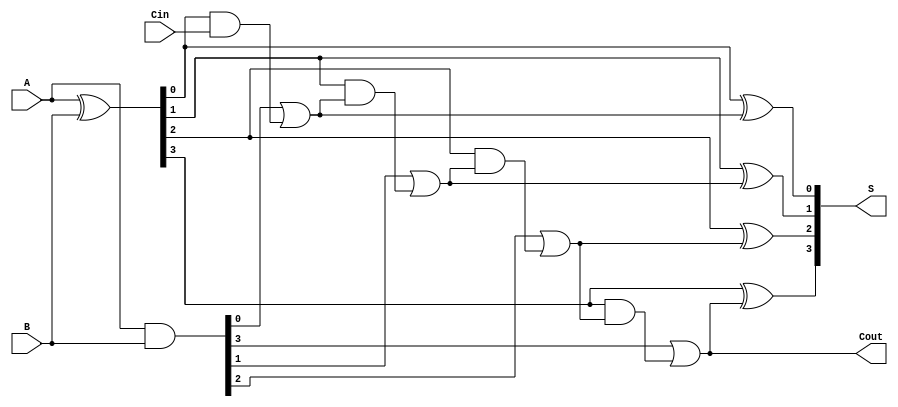
module LingAdder #(parameter n = 4) (
    input [n-1:0] A,      // n-bit input A
    input [n-1:0] B,      // n-bit input B
    input Cin,            // Carry-in
    output [n-1:0] S,     // n-bit sum output
    output Cout           // Carry-out
);

    // Generate (G) and Propagate (P) signals
    wire [n-1:0] G; // Generate signals
    wire [n-1:0] P; // Propagate signals
    wire [n:0] C;   // Carry signals, C[n] is the carry-out

    // Generate and Propagate calculation
    assign G = A & B;       // G[i] = A[i] AND B[i]
    assign P = A ^ B;       // P[i] = A[i] XOR B[i]

    // Carry signals calculation
    assign C[0] = G[0] | (P[0] & Cin);         // Cout[0]
    
    genvar i;
    generate
        for (i = 1; i < n; i = i + 1) begin : carry_calc
            assign C[i] = G[i] | (P[i] & C[i-1]); // Cout[i]
        end
    endgenerate

    assign Cout = C[n-1]; // Final carry-out

    // Sum calculation
    generate
        for (i = 0; i < n; i = i + 1) begin : sum_calc
            assign S[i] = P[i] ^ C[i]; // S[i] = P[i] XOR C[i]
        end
    endgenerate

endmodule